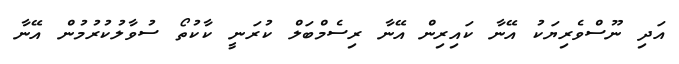
އަދި ނޫސްވެރިޔަކު އޭނާ ކައިރިން އޭނާ ރިސެމްބަލް ކުރަނީ ކާކުތޯ ސުވާލުކުރުމުން އޭނާ